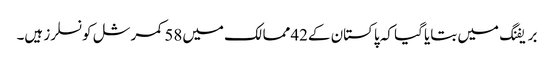
بریفنگ میں بتایا گیا کہ پاکستان کے42ممالک میں58کمرشل کونسلرز ہیں۔